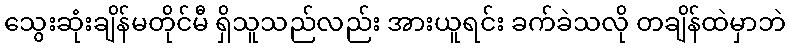
သွေးဆုံးချိန်မတိုင်မီ ရှိသူသည်လည်း အားယူရင်း ခက်ခဲသလို တချိန်ထဲမှာဘဲ